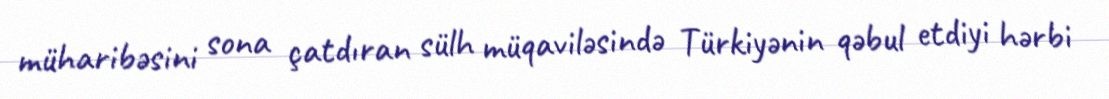
müharibəsini sona çatdıran sülh müqaviləsində Türkiyənin qəbul etdiyi hərbi